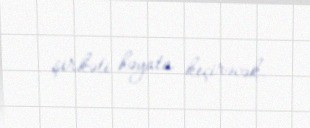
şirkəti həyata keçirəcək.